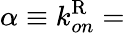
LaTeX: \alpha\equiv k_{on}^{\mathrm{R}}=